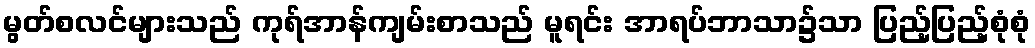
မွတ်စလင်များသည် ကုရ်အာန်ကျမ်းစာသည် မူရင်း အာရပ်ဘာသာ၌သာ ပြည့်ပြည့်စုံစုံ